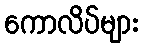
ကောလိပ်များ